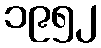
၁၉၅၂